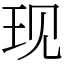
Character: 现